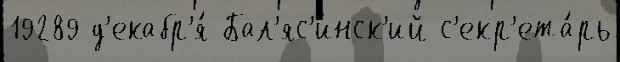
19289 д'екабр'я́ Бал'яс'инск'ий с'екр'ета́рь